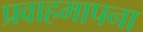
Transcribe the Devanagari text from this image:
प्रवाहमापना